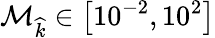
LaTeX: \mathcal{M}_{\widehat{k}}\in\left[10^{-2},10^{2}\right]